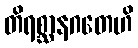
တိရစ္ဆာနဂတေဟိ